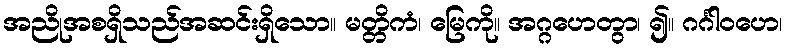
အညိုအစရှိသည်အဆင်းရှိသော။ မတ္တိကံ၊ မြေကို။ အဂ္ဂဟေတွာ၊ ၍။ ဂင်္ဂါဝဟေ၊